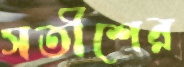
সতীশের